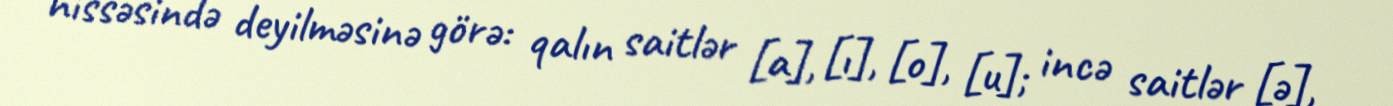
hissəsində deyilməsinə görə: qalın saitlər [a], [ı], [o], [u]; incə saitlər [ə],